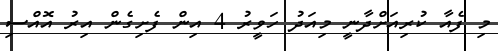
މި ފެއާ ކުރިއަށްދާނީ މިއަދު ހަވީރު 4 އިން ފެށިގެން އިރު އޮއްސި